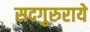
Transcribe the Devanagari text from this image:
सदगुरुराये